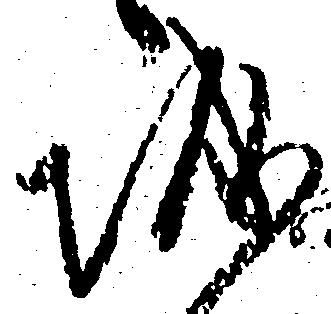
城